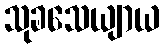
သုခသေယျာယ